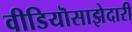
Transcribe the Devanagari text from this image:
वीडियॊसाझेदारी